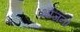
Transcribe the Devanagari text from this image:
भोजनो